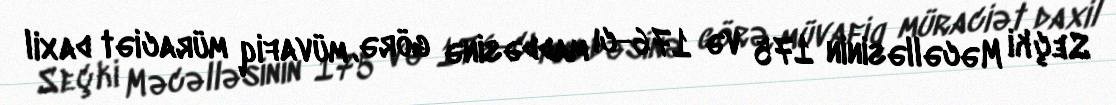
Seçki Məcəlləsinin 175 və 176-cı maddəsinə görə, müvafiq müraciət daxil